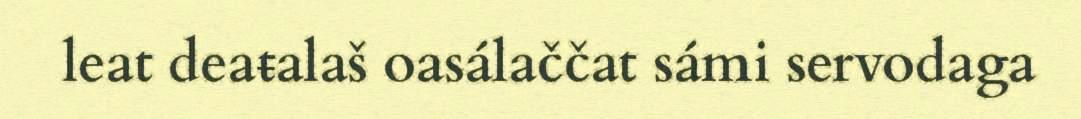
leat deaŧalaš oasálaččat sámi servodaga